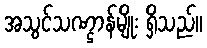
အသွင်သဏ္ဌာန်မျိုး ရှိသည်။